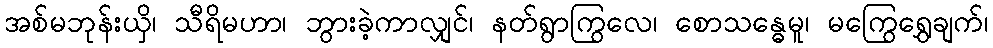
အစ်မဘုန်းယှိ၊ သီရိမဟာ၊ ဘွားခဲ့ကာလျှင်၊ နတ်ရွာကြွလေ၊ စောသန္ဓေမူ၊ မကြွေရွှေချက်၊